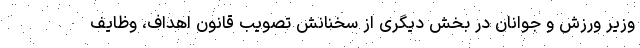
وزیر ورزش و جوانان در بخش دیگری از سخنانش تصویب قانون اهداف، وظایف